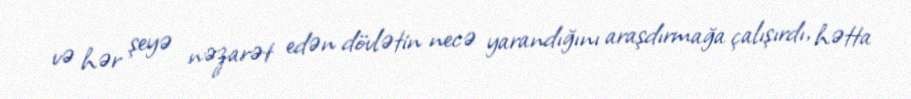
və hər şeyə nəzarət edən dövlətin necə yarandığını araşdırmağa çalışırdı, hətta